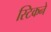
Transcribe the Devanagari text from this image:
स्टिकने